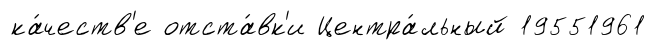
ка́честв'е отста́вк'и Центра́льный 19551961